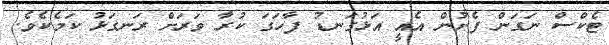
ޓެކްސް ނަގަން ފެށުން އެއީ އަޅުގަނޑު ފާހަގަ ކުރާ ވަރަށް ރަނގަޅު ކަމެކެވެ.